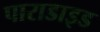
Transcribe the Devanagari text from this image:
पाराडाइड